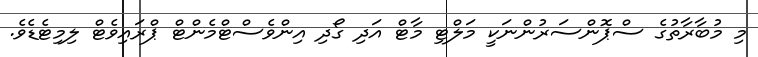
މި މުބާރާތުގެ ސްޕޮންސަރުންނަކީ މަލްޓި މާޓް އަދި ގޯދި އިންވެސްޓްމެންޓް ޕްރައިވެޓް ލިމިޓެޑެވެ.